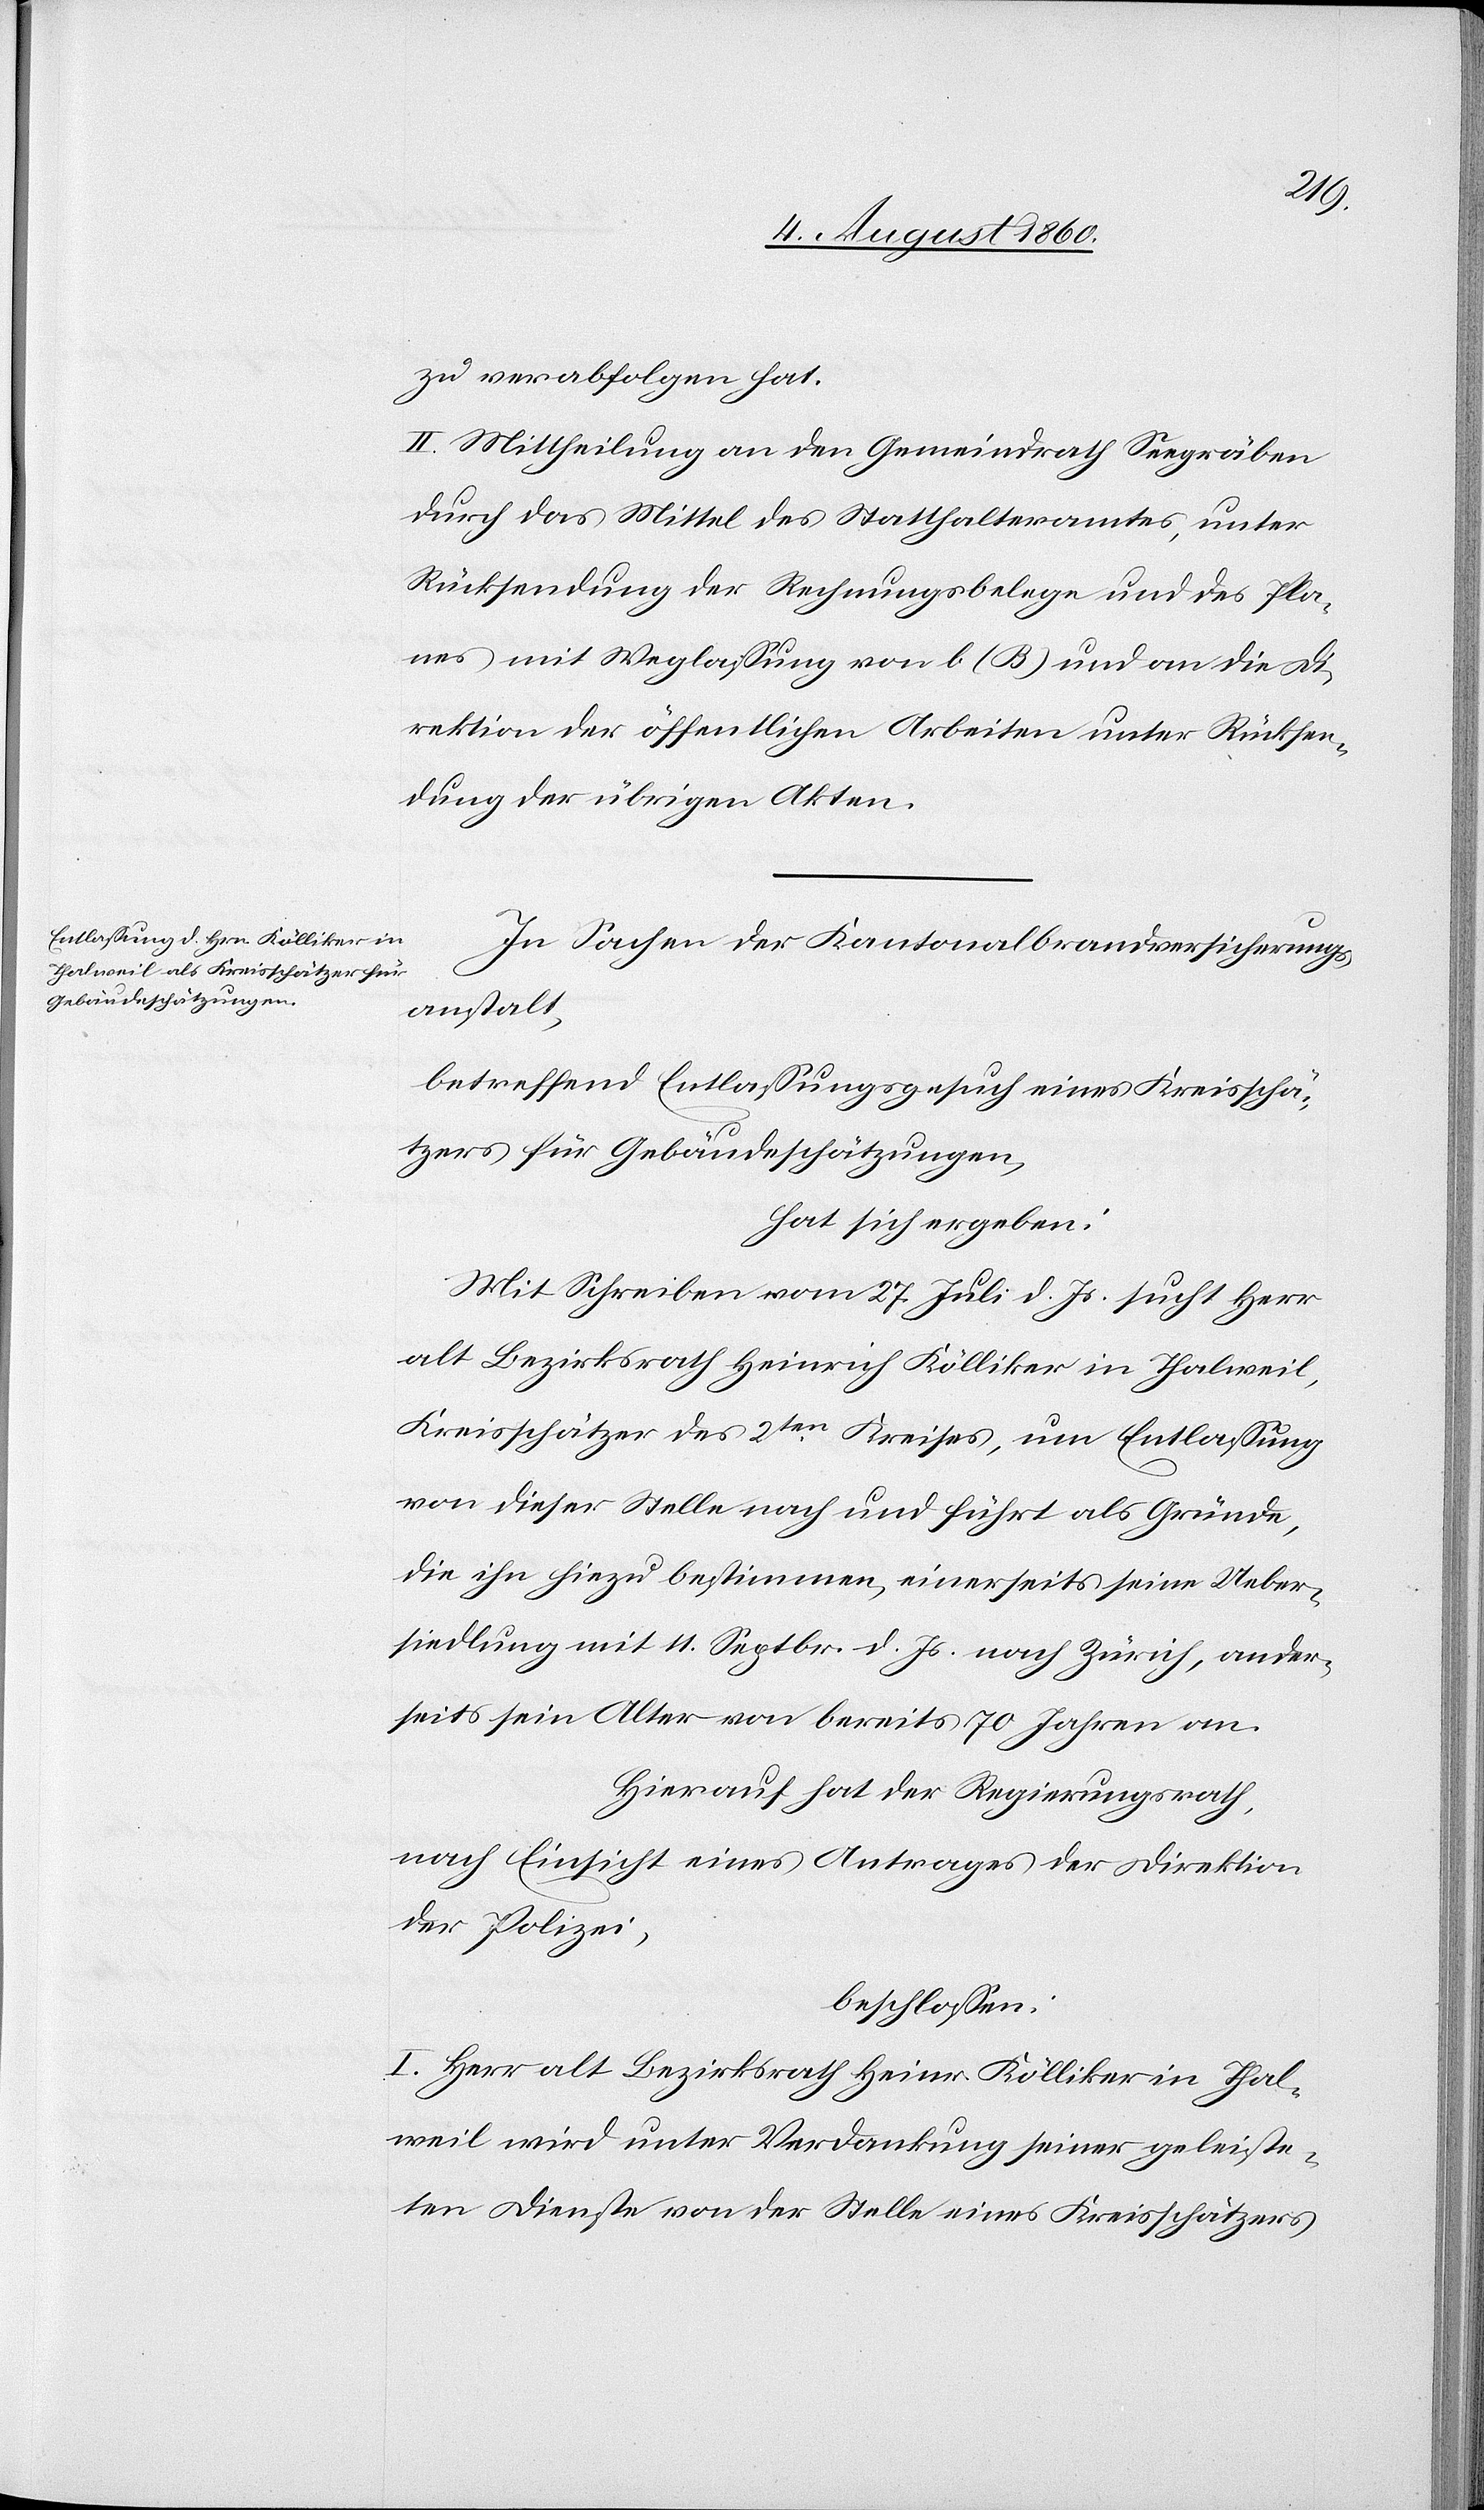
zu verabfolgen hat.
II. Mittheilung an den Gemeindrath Seegräben
durch das Mittel des Statthalteramtes unter
Rücksendung der Rechnungsbelege und des Pla¬
nes mit Weglassung von b. (B.) u. an die D¬
irektion der öffentlichen Arbeiten unter Rücksen¬
dung der übrigen Akten.
In Sachen der Kantonalbrandversicherungs¬
anstalt,
betreffend Entlassungsgesuch eines Kreisschä¬
tzers für Gebäudeschätzungen
hat sich ergeben:
Mit Schreiben vom 27. Juli d. Js. sucht Herr
alt Bezirksrath Heinrich Kölliker in Thalweil,
Kreisschätzer des 2ten Kreises, um Entlassung
von dieser Stelle nach und führt als Gründe,
die ihn hiezu bestimmen, einerseits seine Ueber¬
siedlung mit 11. September d. Js. nach Zürich, ander¬
seits sein Alter von bereits 70 Jahren an.
Hierauf hat der Regierungsrath,
nach Einsicht eines Antrages der Direktion
der Polizei
beschlossen:
I. Herr alt Bezirksrath Heinrich Köllilker in Thal¬
weil wird unter Verdankung seiner geleiste¬
ten Dienste von der Stelle eines Kreisschätzers